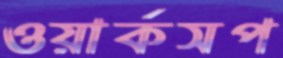
ওয়ার্কসপ